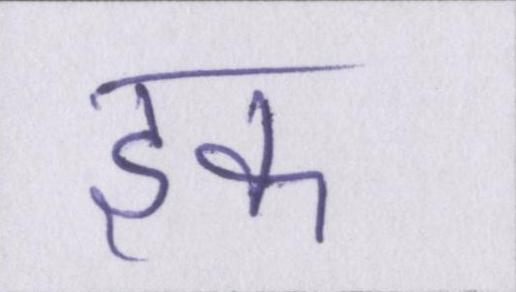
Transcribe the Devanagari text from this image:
इक